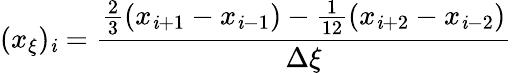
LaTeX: (x_{\xi})_{\mathit{i}}=\frac{{\frac{{2}}{{3}}(x_{\mathit{i}+1}-x_{\mathit{i}-1})-\frac{{1}}{{12}}(x_{\mathit{i}+2}-x_{\mathit{i}-2})}}{{\Delta\xi}}